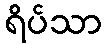
ရိပ်သာ